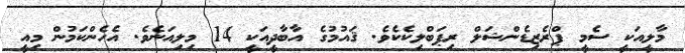
މާލީއަކީ ސެމީ ޕްރެޒިޑެންޝަލް ރިޕަބްލިކެކެވެ. ޤައުމުގެ އާބާދީއަކީ 14 މިލިއަނެވެ. އެހެންކަމުން މިއީ